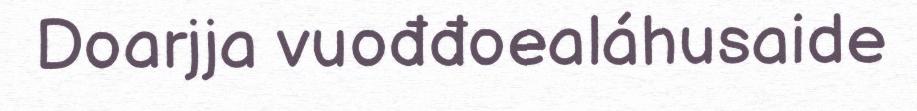
Doarjja vuođđoealáhusaide